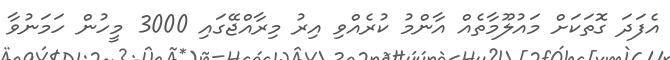
އެފަދަ ގޮތަކަށް މައުލޫމާތެއް އާންމު ކުރެއްވި އިރު މިރާއްޖޭގައި 3000 މީހުން ހަމަނުވާ